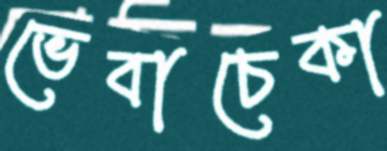
ভেবাচেকা